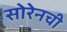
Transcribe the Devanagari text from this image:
सोरेनची